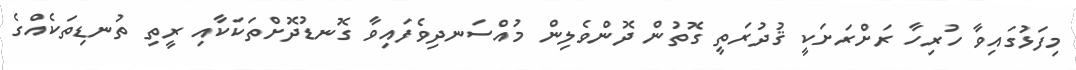
މިފަޅުގައިވާ ހުރިހާ ރަށްރަށަކީ ޤުދުރަތީ ގޮތުން ދޮންވެލިން މުއްސަނދިވެފައިވާ ގޮނޑުދޮށްތަކަކާއި ރީތި ތުނޑިތަކެއްގެ